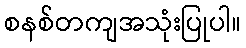
စနစ်တကျအသုံးပြုပါ။